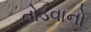
તોડવાનો